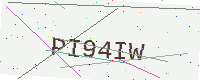
Text: PI94IW